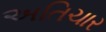
અતિચાર